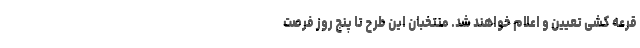
قرعه کشی تعیین و اعلام خواهند شد. منتخبان این طرح تا پنج روز فرصت